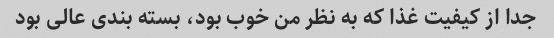
جدا از کیفیت غذا که به نظر من خوب بود، بسته بندی عالی بود